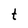
Character: t